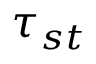
\tau _ { s t }